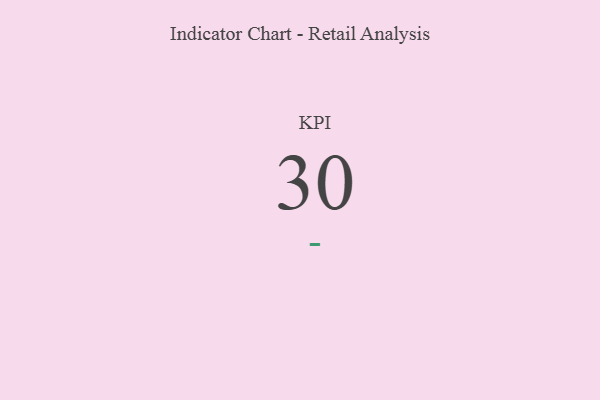
{"axis": {"x": "KPI", "y": "Value"}, "legend": [""], "data": [{"x": "KPI", "y": 30, "type": ""}]}